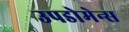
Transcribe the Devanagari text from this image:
उपडोमेन्स